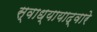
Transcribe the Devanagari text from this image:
स्वाध्यायाद्वारे